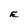
Character: E